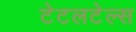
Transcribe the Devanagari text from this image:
टेटलटेल्स